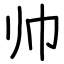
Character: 帅